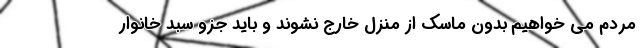
مردم می خواهیم بدون ماسک از منزل خارج نشوند و باید جزو سبد خانوار